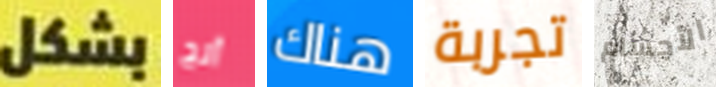
بشكل آنج هناك تجربة الأجسام